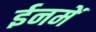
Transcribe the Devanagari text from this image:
ईनमें